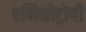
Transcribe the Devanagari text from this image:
एनिसोट्रोपी